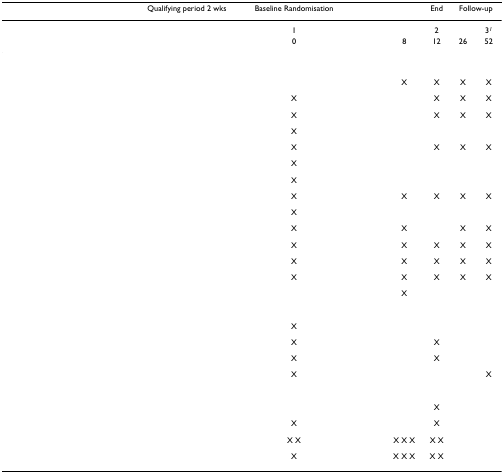
<table><thead><tr><td>[EMPTY_CELL]</td><td><b>Qualifying period 2 wks</b></td><td><b>Baseline Randomisation</b></td><td>[EMPTY_CELL]</td><td>[EMPTY_CELL]</td><td><b>End</b></td><td colspan="2"><b>Follow-up</b></td></tr></thead><tbody><tr><td>[EMPTY_CELL]</td><td>[EMPTY_CELL]</td><td>1</td><td>[EMPTY_CELL]</td><td>[EMPTY_CELL]</td><td>2</td><td>[EMPTY_CELL]</td><td>3<sup><i>1</i></sup></td></tr><tr><td>[EMPTY_CELL]</td><td>[EMPTY_CELL]</td><td>0</td><td>[EMPTY_CELL]</td><td>8</td><td>12</td><td>26</td><td>52</td></tr><tr><td>[EMPTY_CELL]</td><td>[EMPTY_CELL]</td><td>[EMPTY_CELL]</td><td>[EMPTY_CELL]</td><td>[EMPTY_CELL]</td><td>[EMPTY_CELL]</td><td>[EMPTY_CELL]</td><td>[EMPTY_CELL]</td></tr><tr><td>[EMPTY_CELL]</td><td>[EMPTY_CELL]</td><td>[EMPTY_CELL]</td><td>[EMPTY_CELL]</td><td>X</td><td>X</td><td>X</td><td>X</td></tr><tr><td>[EMPTY_CELL]</td><td>[EMPTY_CELL]</td><td>X</td><td>[EMPTY_CELL]</td><td>[EMPTY_CELL]</td><td>X</td><td>X</td><td>X</td></tr><tr><td>[EMPTY_CELL]</td><td>[EMPTY_CELL]</td><td>X</td><td>[EMPTY_CELL]</td><td>[EMPTY_CELL]</td><td>X</td><td>X</td><td>X</td></tr><tr><td>[EMPTY_CELL]</td><td>[EMPTY_CELL]</td><td>X</td><td>[EMPTY_CELL]</td><td>[EMPTY_CELL]</td><td>[EMPTY_CELL]</td><td>[EMPTY_CELL]</td><td>[EMPTY_CELL]</td></tr><tr><td>[EMPTY_CELL]</td><td>[EMPTY_CELL]</td><td>X</td><td>[EMPTY_CELL]</td><td>[EMPTY_CELL]</td><td>X</td><td>X</td><td>X</td></tr><tr><td>[EMPTY_CELL]</td><td>[EMPTY_CELL]</td><td>X</td><td>[EMPTY_CELL]</td><td>[EMPTY_CELL]</td><td>[EMPTY_CELL]</td><td>[EMPTY_CELL]</td><td>[EMPTY_CELL]</td></tr><tr><td>[EMPTY_CELL]</td><td>[EMPTY_CELL]</td><td>X</td><td>[EMPTY_CELL]</td><td>[EMPTY_CELL]</td><td>[EMPTY_CELL]</td><td>[EMPTY_CELL]</td><td>[EMPTY_CELL]</td></tr><tr><td>[EMPTY_CELL]</td><td>[EMPTY_CELL]</td><td>X</td><td>[EMPTY_CELL]</td><td>X</td><td>X</td><td>X</td><td>X</td></tr><tr><td>[EMPTY_CELL]</td><td>[EMPTY_CELL]</td><td>X</td><td>[EMPTY_CELL]</td><td>[EMPTY_CELL]</td><td>[EMPTY_CELL]</td><td>[EMPTY_CELL]</td><td>[EMPTY_CELL]</td></tr><tr><td>[EMPTY_CELL]</td><td>[EMPTY_CELL]</td><td>X</td><td>[EMPTY_CELL]</td><td>X</td><td>[EMPTY_CELL]</td><td>X</td><td>X</td></tr><tr><td>[EMPTY_CELL]</td><td>[EMPTY_CELL]</td><td>X</td><td>[EMPTY_CELL]</td><td>X</td><td>X</td><td>X</td><td>X</td></tr><tr><td>[EMPTY_CELL]</td><td>[EMPTY_CELL]</td><td>X</td><td>[EMPTY_CELL]</td><td>X</td><td>X</td><td>X</td><td>X</td></tr><tr><td>[EMPTY_CELL]</td><td>[EMPTY_CELL]</td><td>X</td><td>[EMPTY_CELL]</td><td>X</td><td>X</td><td>X</td><td>X</td></tr><tr><td>[EMPTY_CELL]</td><td>[EMPTY_CELL]</td><td>[EMPTY_CELL]</td><td>[EMPTY_CELL]</td><td>X</td><td>[EMPTY_CELL]</td><td>[EMPTY_CELL]</td><td>[EMPTY_CELL]</td></tr><tr><td>[EMPTY_CELL]</td><td>[EMPTY_CELL]</td><td>[EMPTY_CELL]</td><td>[EMPTY_CELL]</td><td>[EMPTY_CELL]</td><td>[EMPTY_CELL]</td><td>[EMPTY_CELL]</td><td>[EMPTY_CELL]</td></tr><tr><td>[EMPTY_CELL]</td><td>[EMPTY_CELL]</td><td>X</td><td>[EMPTY_CELL]</td><td>[EMPTY_CELL]</td><td>[EMPTY_CELL]</td><td>[EMPTY_CELL]</td><td>[EMPTY_CELL]</td></tr><tr><td>[EMPTY_CELL]</td><td>[EMPTY_CELL]</td><td>X</td><td>[EMPTY_CELL]</td><td>[EMPTY_CELL]</td><td>X</td><td>[EMPTY_CELL]</td><td>[EMPTY_CELL]</td></tr><tr><td>[EMPTY_CELL]</td><td>[EMPTY_CELL]</td><td>X</td><td>[EMPTY_CELL]</td><td>[EMPTY_CELL]</td><td>X</td><td>[EMPTY_CELL]</td><td>[EMPTY_CELL]</td></tr><tr><td>[EMPTY_CELL]</td><td>[EMPTY_CELL]</td><td>X</td><td>[EMPTY_CELL]</td><td>[EMPTY_CELL]</td><td>[EMPTY_CELL]</td><td>[EMPTY_CELL]</td><td>X</td></tr><tr><td>[EMPTY_CELL]</td><td>[EMPTY_CELL]</td><td>[EMPTY_CELL]</td><td>[EMPTY_CELL]</td><td>[EMPTY_CELL]</td><td>[EMPTY_CELL]</td><td>[EMPTY_CELL]</td><td>[EMPTY_CELL]</td></tr><tr><td>[EMPTY_CELL]</td><td>[EMPTY_CELL]</td><td>[EMPTY_CELL]</td><td>[EMPTY_CELL]</td><td>[EMPTY_CELL]</td><td>X</td><td>[EMPTY_CELL]</td><td>[EMPTY_CELL]</td></tr><tr><td>[EMPTY_CELL]</td><td>[EMPTY_CELL]</td><td>X</td><td>[EMPTY_CELL]</td><td>[EMPTY_CELL]</td><td>X</td><td>[EMPTY_CELL]</td><td>[EMPTY_CELL]</td></tr><tr><td>[EMPTY_CELL]</td><td>[EMPTY_CELL]</td><td>X X</td><td>[EMPTY_CELL]</td><td>X X X</td><td>X X</td><td>[EMPTY_CELL]</td><td>[EMPTY_CELL]</td></tr><tr><td>[EMPTY_CELL]</td><td>[EMPTY_CELL]</td><td>X</td><td>[EMPTY_CELL]</td><td>X X X</td><td>X X</td><td>[EMPTY_CELL]</td><td>[EMPTY_CELL]</td></tr></tbody></table>